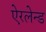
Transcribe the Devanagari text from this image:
ऐरलेन्ड